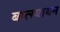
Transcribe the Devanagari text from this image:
बात्स्यायन